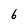
Character: 6